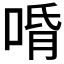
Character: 𱓍